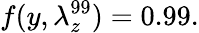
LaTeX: f(y,\lambda_{z}^{99})=0.99.